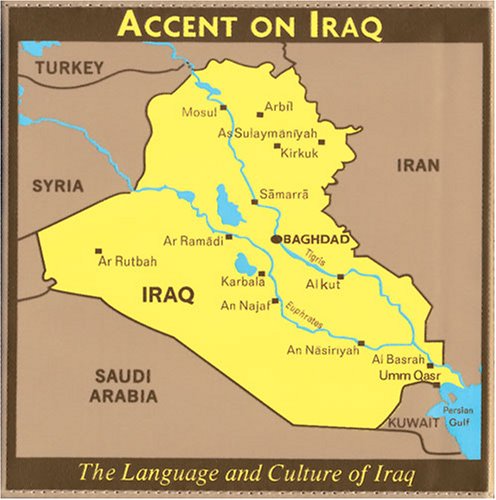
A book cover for Accent on Iraq [With Flash Card Ringed Book and Folded Translations and Audio CD and Cultural Notes Booklet] (Arabic Edition); Accent on Languages; Travel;